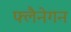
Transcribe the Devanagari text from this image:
फ्लैनेगन